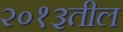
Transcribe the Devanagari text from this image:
२०१३तील